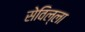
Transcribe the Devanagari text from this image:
सेविल्ला